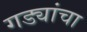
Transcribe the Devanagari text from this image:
गड्यांचा